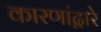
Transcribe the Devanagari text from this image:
कारणांद्वारे